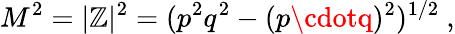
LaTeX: M^{2}=|\mathbb{Z}|^{2}=(p^{2}q^{2}-(p\cdotq)^{2})^{1/2}\ ,